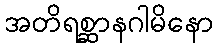
အတိရစ္ဆာနဂါမိနော